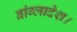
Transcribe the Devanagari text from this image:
बांग्लादेश।